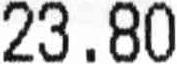
23.80